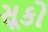
સૂકો